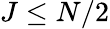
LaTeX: J\le N/2